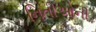
નિતીઓની